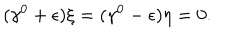
LaTeX: ( \gamma ^ { 0 } + \epsilon ) \xi = ( \gamma ^ { 0 } - \epsilon ) \eta = 0 .